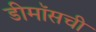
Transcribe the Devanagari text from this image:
डीमॉसची